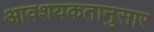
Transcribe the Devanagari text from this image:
आवशयकतानुसार